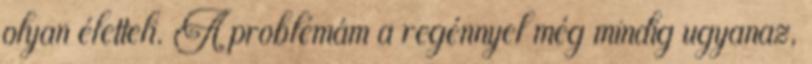
olyan életteli. A problémám a regénnyel még mindig ugyanaz,